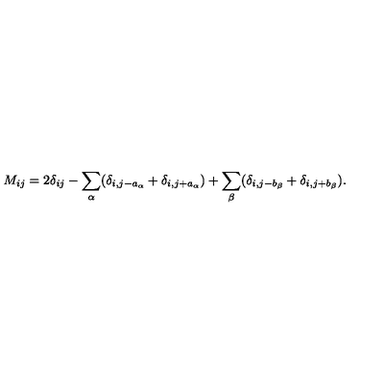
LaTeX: M _ { i j } = 2 \delta _ { i j } - \sum _ { \alpha } ( \delta _ { i , j - a _ { \alpha } } + \delta _ { i , j + a _ { \alpha } } ) + \sum _ { \beta } ( \delta _ { i , j - b _ { \beta } } + \delta _ { i , j + b _ { \beta } } ) .